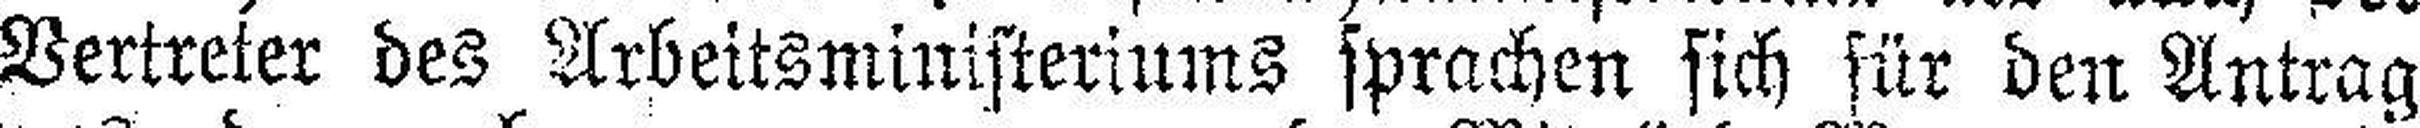
Vertreter des Arbeitsministeriums sprachen sich für den Antrag